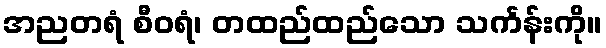
အညတရံ စီဝရံ၊ တထည်ထည်သော သင်္ကန်းကို။